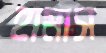
হামাস